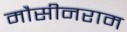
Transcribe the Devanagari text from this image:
मौसीनराम